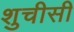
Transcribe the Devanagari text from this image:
शुचीसी